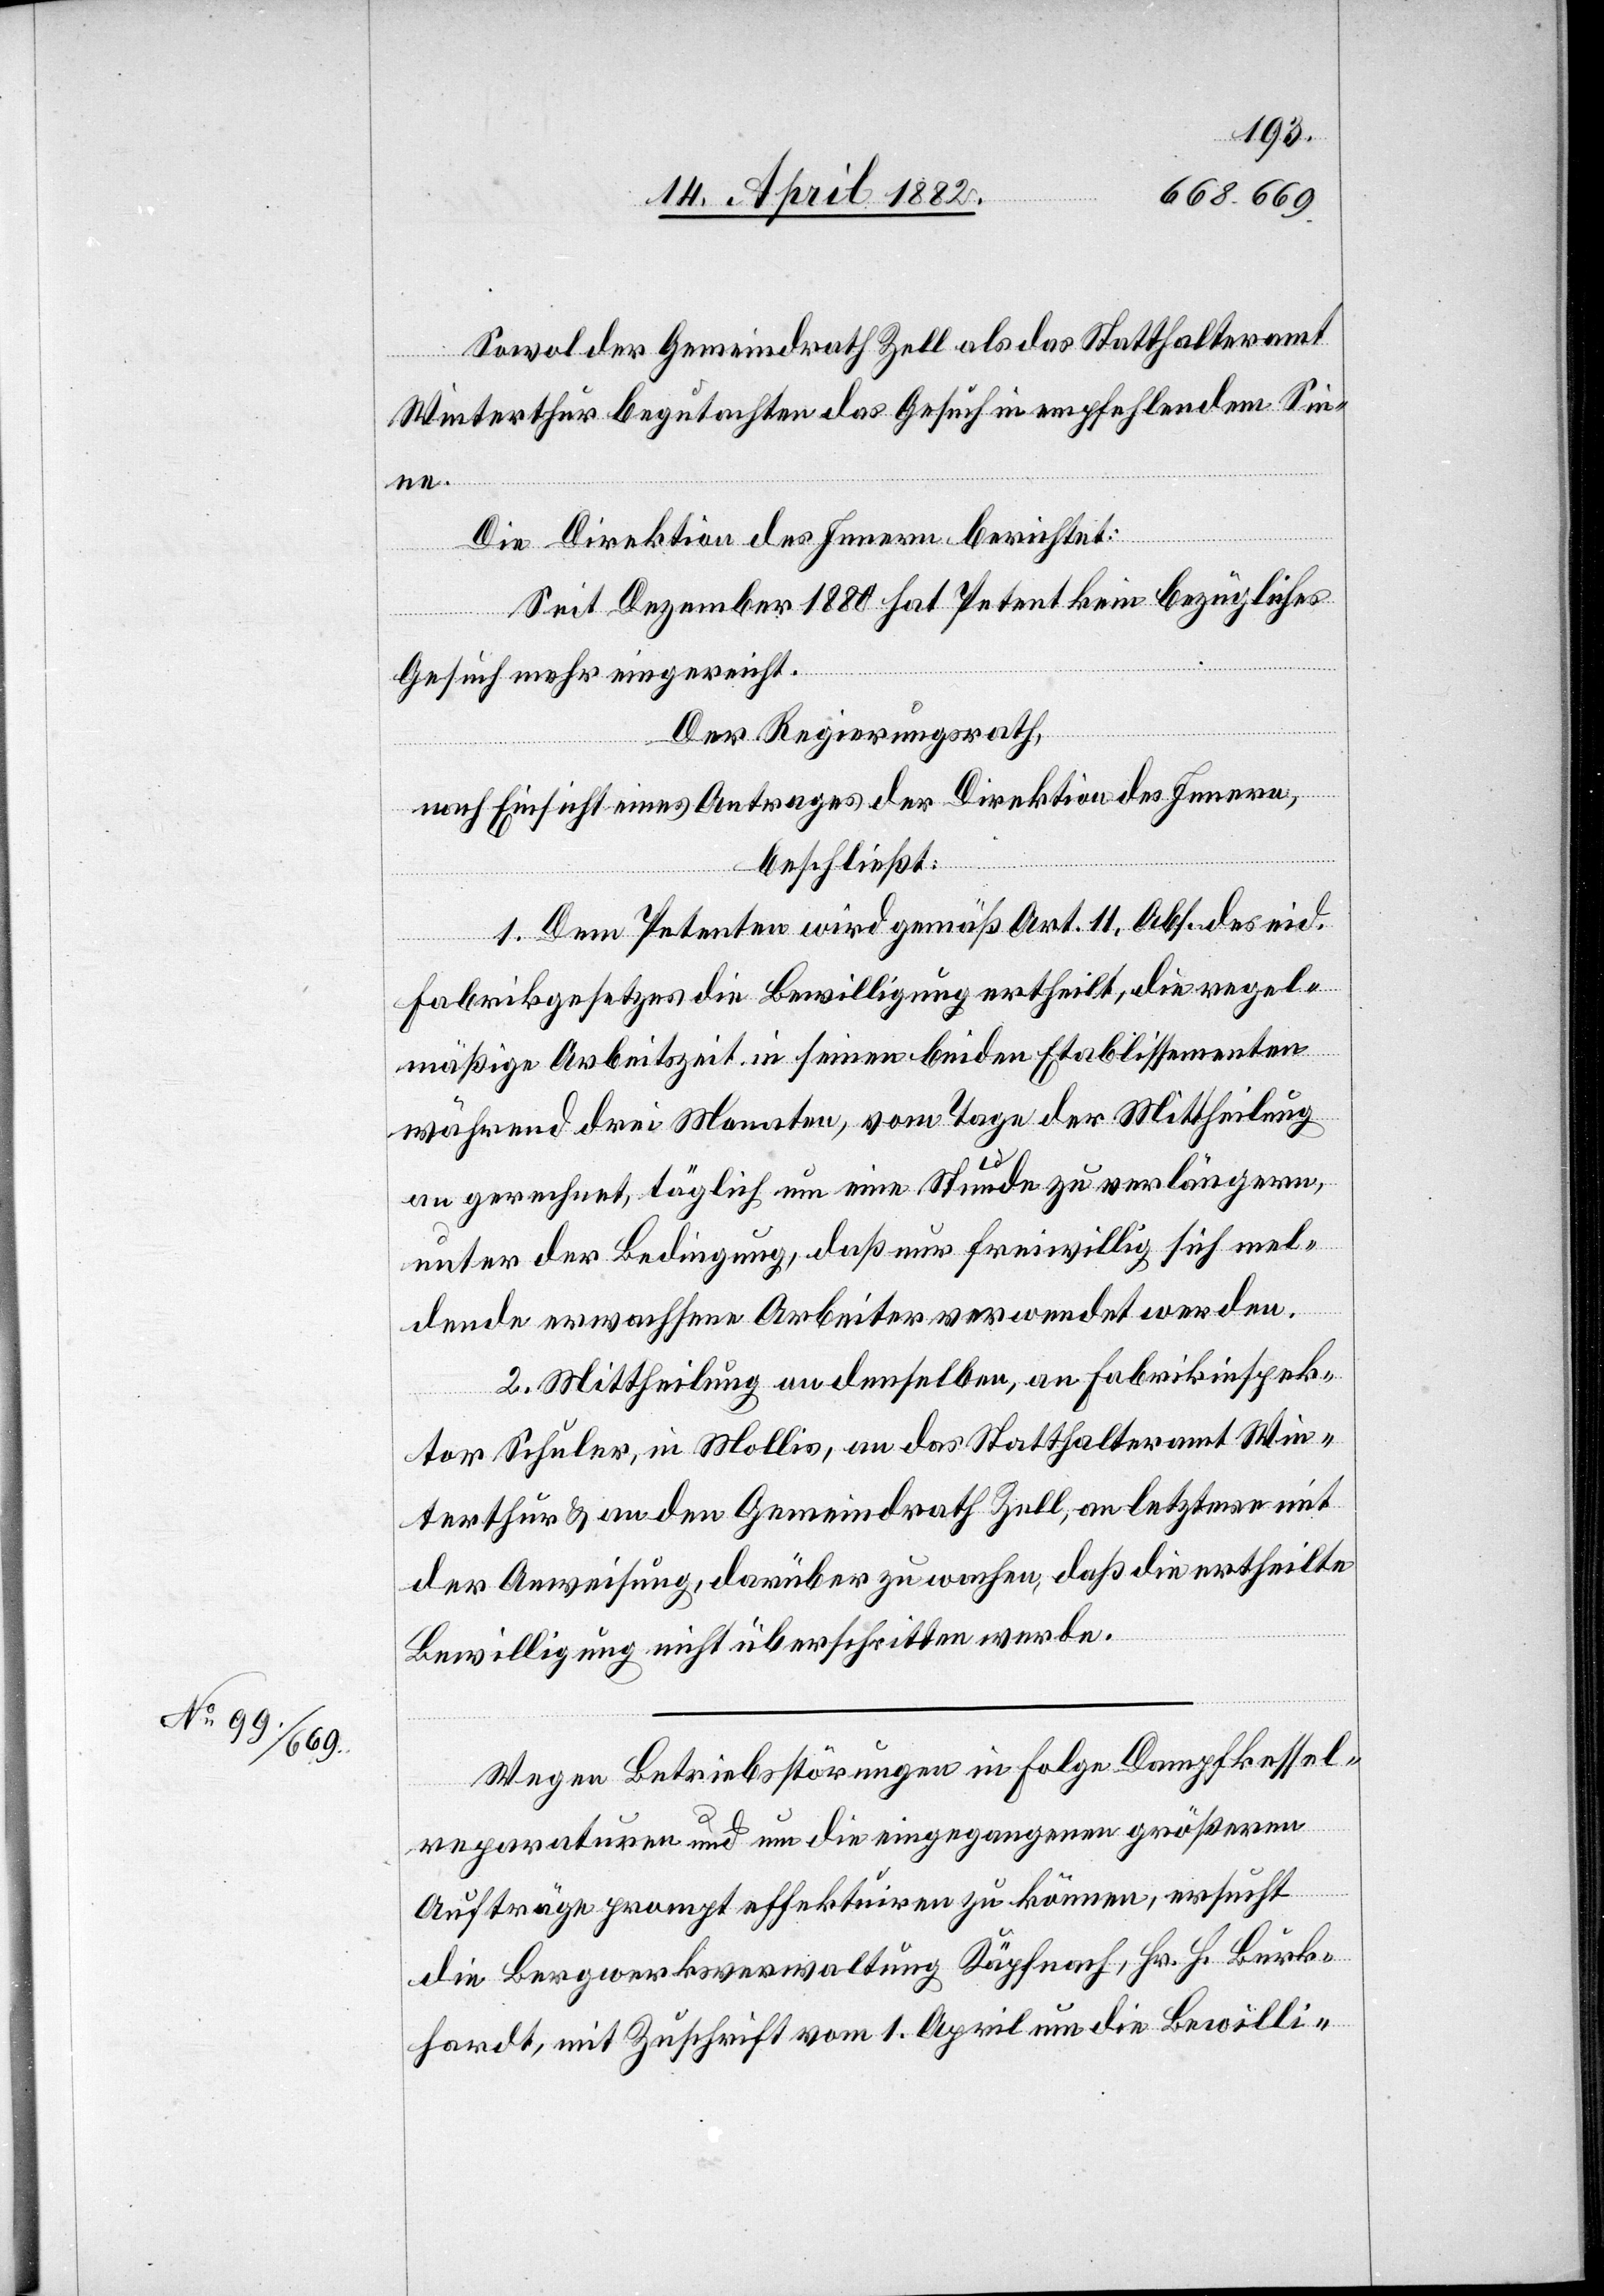
Sowol der Gemeindrath Zell als das Statthalteramt
Winterthur begutachten das Gesuch in empfehlendem Sin¬
ne.
Die Direktion des Innern berichtet:
Seit Dezember 1880 hat Petent kein bezügliches
Gesuch mehr eingereicht.
Der Regierungsrath,
nach Einsicht eines Antrages der Direktion des Innern,
beschließt:
1. Dem Petenten wird gemäß Art. 11, Abs. [4] des eid.
Fabrikgesetzes die Bewilligung ertheilt, die regel¬
mäßige Arbeitszeit in seinen beiden Etablissementen
während drei Monaten, vom Tage der Mittheilung
an gerechnet, täglich um eine Stunde zu verlängern,
unter der Bedingung, daß nur freiwillig sich mel¬
dende erwachsene Arbeiter verwendet werden.
2. Mittheilung an denselben, an Fabrikinspek¬
tor Schuler, in Mollis, an das Statthalteramt Win¬
terthur & an den Gemeindrath Zell, an letztere mit
der Anweisung, darüber zu wachen, daß die ertheilte
Bewilligung nicht überschritten werde.
Wegen Betriebsstörungen in Folge Dampfkessel¬
reparaturen und um die eingegangenen größeren
Aufträge prompt effektuiren zu können, ersucht
die Bergwerksverwaltung Käpfnach, Hr. H. Burk¬
hardt, mit Zuschrift vom 1. April um die Bewilli-